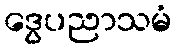
ဒွေပညာသမံ